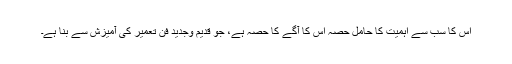
اس کا سب سے اہمیت کا حامل حصہ اس کا آگے کا حصہ ہے، جو قدیم وجدید فنّ تعمیر کی آمیزش سے بنا ہے۔